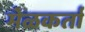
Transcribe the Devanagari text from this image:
मेळकर्ता